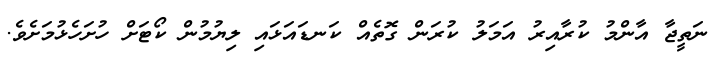
ނަތީޖާ އާންމު ކުރާއިރު އަމަލު ކުރަން ގޮތެއް ކަނޑައަޅައި ލިޔުމުން ކޯޓަށް ހުށަހެޅުމަށެވެ.